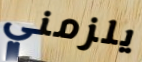
يلزمني